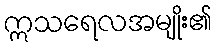
ဣသရေလအမျိုး၏